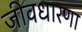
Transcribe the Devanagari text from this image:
जीवधारणा